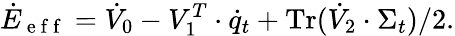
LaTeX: \dot{E}_{\mathrm{~e~f~f~}}=\dot{V}_{0}-V_{1}^{T}\cdot\dot{q}_{t}+\operatorname{Tr}(\dot{V}_{2}\cdot\Sigma_{t})/2.